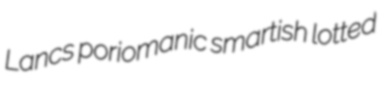
Lancs poriomanic smartish lotted